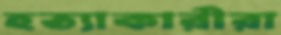
হত্যাকারীরা